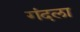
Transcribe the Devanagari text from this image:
गंदला